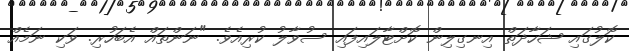
ކޮލުގައި ޝަހާދަތް އިނގިލިން ކޮށްޓާލައިފައި ސުވާލު ކުރިއެވެ. "ނަންތައް އެބަހުރި. ވަކި ނަމެއް